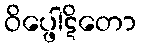
ဝိပ္ဖေါဋိတော